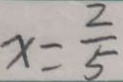
x = \frac { 2 } { 5 }